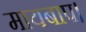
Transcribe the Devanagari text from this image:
मायबाप।